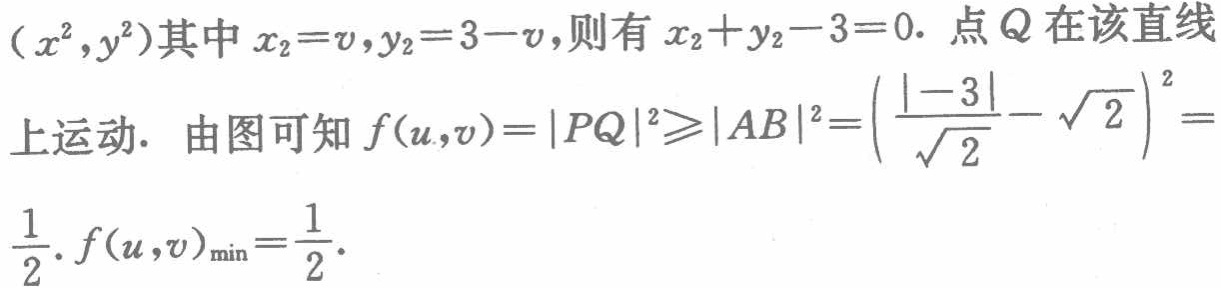
\((x^{2},y^{2})\)其中\(x_{2}=v,y_{2}=3 - v\),则有\(x_{2}+y_{2}-3 = 0\). 点\(Q\)在该直线
上运动. 由图可知\(f(u,v)=|PQ|^{2}\geqslant|AB|^{2}=\left(\frac{|-3|}{\sqrt{2}}-\sqrt{2}\right)^{2} =\)
\(\frac{1}{2}.f(u,v)_{\min}=\frac{1}{2}.\)